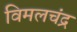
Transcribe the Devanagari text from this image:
विमलचंद्र